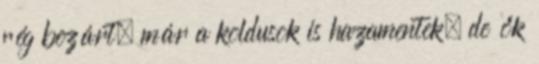
rég bezárt, már a koldusok is hazamentek, de ők